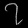
Digit: ၇